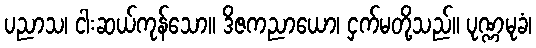
ပညာသ၊ ငါးဆယ်ကုန်သော။ ဒိဇကညာယော၊ ငှက်မတို့သည်။ ပုဏ္ဏမုခံ၊